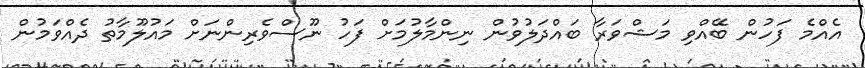
އެއްމެ ފަހުން ބޭއްވި މަޝްވަރާ ބައްދަލުވުން ނިންމާލުމަށް ފަހު ނޫސްވެރިންނަށް މައުލޫމާތު ދެއްވަމުން